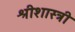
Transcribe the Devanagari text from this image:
श्रीशास्त्री